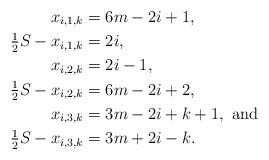
LaTeX: \begin{align*}x_{i,1,k} &= 6m-2i+1, \\\tfrac{1}{2} S -x_{i,1,k} &= 2i, \\x_{i,2,k} &= 2i-1, \\\tfrac{1}{2} S - x_{i,2,k} &= 6m-2i+2, \\x_{i,3,k} &= 3m-2i+k+1, \mbox{ and } \\\tfrac{1}{2} S - x_{i,3,k} &= 3m+2i-k. \end{align*}